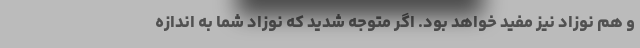
و هم نوزاد نیز مفید خواهد بود. اگر متوجه شدید که نوزاد شما به اندازه